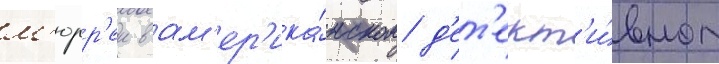
м'юрр'еи в ам'ер'ика́нском д'ет'ект'и́вном